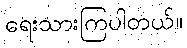
ရေးသားကြပါတယ်။